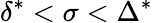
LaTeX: \delta^{*}<\sigma<\Delta^{*}